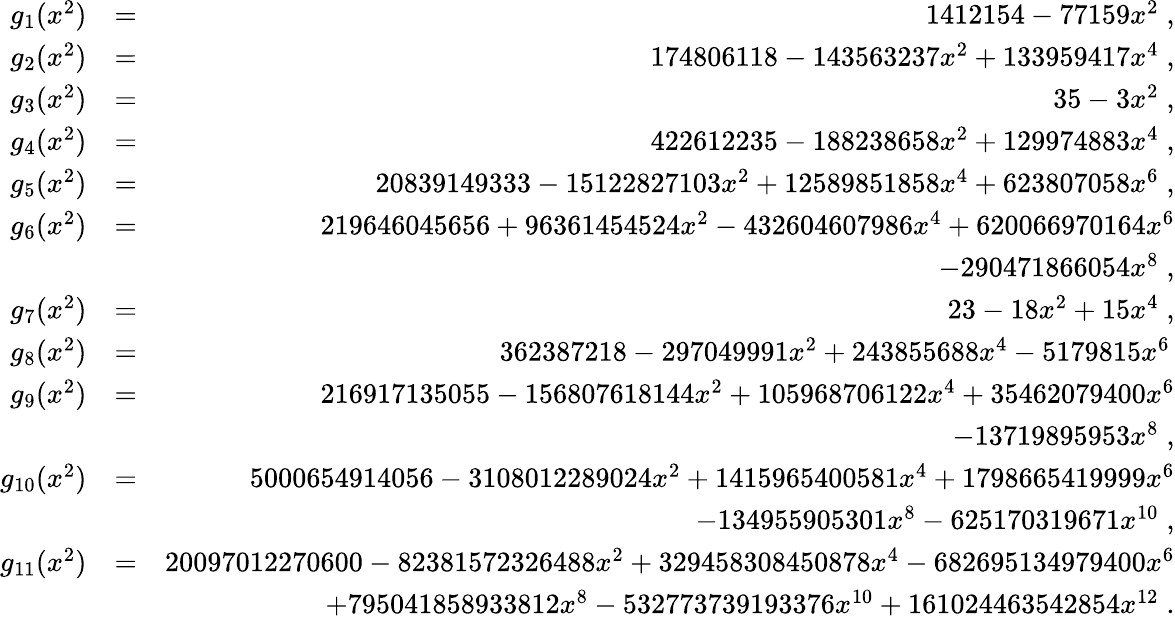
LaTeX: \begin{array}{rlr}{g_{1}(x^{2})}&{=}&{1412154-77159x^{2}\; ,}\\ {g_{2}(x^{2})}&{=}&{174806118-143563237x^{2}+133959417x^{4}\; ,}\\ {g_{3}(x^{2})}&{=}&{35-3x^{2}\; ,}\\ {g_{4}(x^{2})}&{=}&{422612235-188238658x^{2}+129974883x^{4}\; ,}\\ {g_{5}(x^{2})}&{=}&{20839149333-15122827103x^{2}+12589851858x^{4}+623807058x^{6}\; ,}\\ {g_{6}(x^{2})}&{=}&{219646045656+96361454524x^{2}-432604607986x^{4}+620066970164x^{6}}\\ &{}&{-290471866054x^{8}\; ,}\\ {g_{7}(x^{2})}&{=}&{23-18x^{2}+15x^{4}\; ,}\\ {g_{8}(x^{2})}&{=}&{362387218-297049991x^{2}+243855688x^{4}-5179815x^{6}\, }\\ {g_{9}(x^{2})}&{=}&{216917135055-156807618144x^{2}+105968706122x^{4}+35462079400x^{6}}\\ &{}&{-13719895953x^{8}\; ,}\\ {g_{10}(x^{2})}&{=}&{5000654914056-3108012289024x^{2}+1415965400581x^{4}+1798665419999x^{6}}\\ &{}&{-134955905301x^{8}-625170319671x^{10}\; ,}\\ {g_{11}(x^{2})}&{=}&{20097012270600-82381572326488x^{2}+329458308450878x^{4}-682695134979400x^{6}}\\ &{}&{+795041858933812x^{8}-532773739193376x^{10}+161024463542854x^{12}\; .}\end{array}